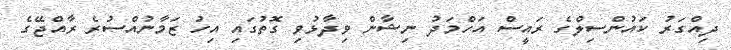
ދިއްގަރު ކައުންސިލްގެ ރައީސް އަހްމަދު ނިޝާން ވިދާޅުވި ގޮތުގައި އިހު ޒަމާނުއްސުރެ ރާއްޖޭގެ